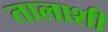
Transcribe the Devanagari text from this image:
तालाशी